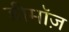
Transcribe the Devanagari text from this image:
डीमॉज़